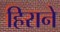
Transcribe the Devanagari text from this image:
हिराने